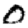
Digit: 0